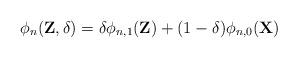
LaTeX: \begin{align*}\phi_{n}(\textbf{Z},\delta)= \delta \phi_{n,1}(\textbf{Z}) + (1-\delta)\phi_{n,0}(\textbf{X})\end{align*}